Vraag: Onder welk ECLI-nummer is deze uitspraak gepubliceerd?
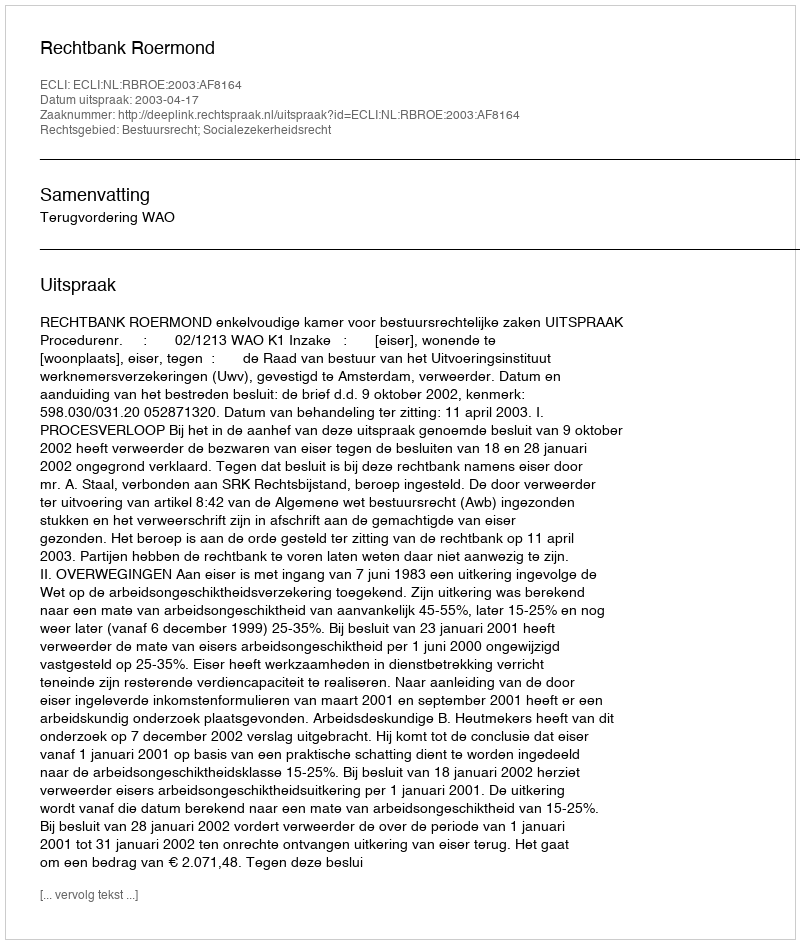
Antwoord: ECLI:NL:RBROE:2003:AF8164